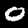
Digit: 0